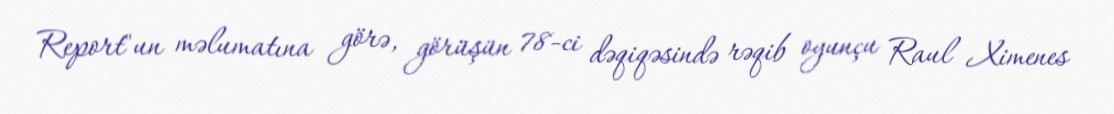
Report"un məlumatına görə, görüşün 78-ci dəqiqəsində rəqib oyunçu Raul Ximenes